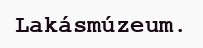
Lakásmúzeum.